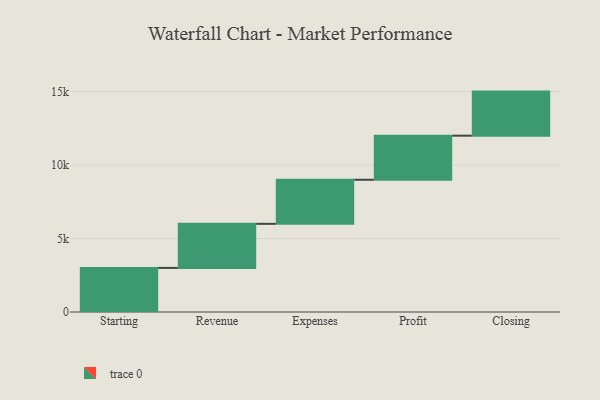
{"axis": {"x": "Step", "y": "Value"}, "legend": [""], "data": [{"x": "Starting", "y": 3000, "type": ""}, {"x": "Revenue", "y": 3000, "type": ""}, {"x": "Expenses", "y": 3000, "type": ""}, {"x": "Profit", "y": 3000, "type": ""}, {"x": "Closing", "y": 3000, "type": ""}]}